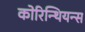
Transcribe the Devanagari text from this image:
कोरिन्थियन्स